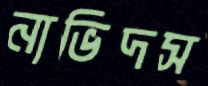
নাভিদস